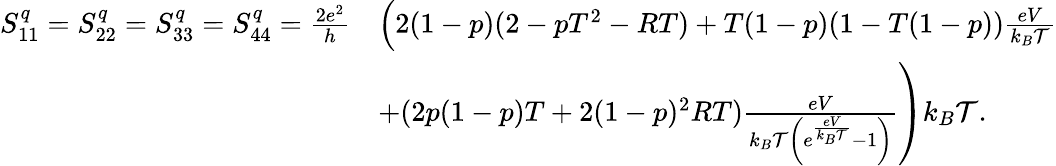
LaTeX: \begin{array}{rl}{S_{11}^{q}=S_{22}^{q}=S_{33}^{q}=S_{44}^{q}=\frac{2e^{2}}{h}}&{\left(2(1-p)(2-pT^{2}-RT)+T(1-p)(1-T(1-p))\frac{eV}{k_{B}\mathcal{T}}\right.}\\ &{\left.+(2p(1-p)T+2(1-p)^{2}RT)\frac{eV}{k_{B}\mathcal{T}\left(e^{\frac{eV}{k_{B}\mathcal{T}}}-1\right)}\right)k_{B}\mathcal{T}.}\end{array}